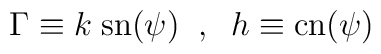
\Gamma \equiv k \; {\rm sn}(\psi) \;\; , \;\;h \equiv {\rm cn}(\psi)